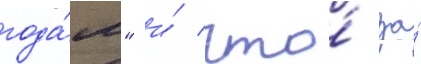
года́м" и́ что́ за́